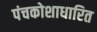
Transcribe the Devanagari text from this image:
पंचकोशाधारित